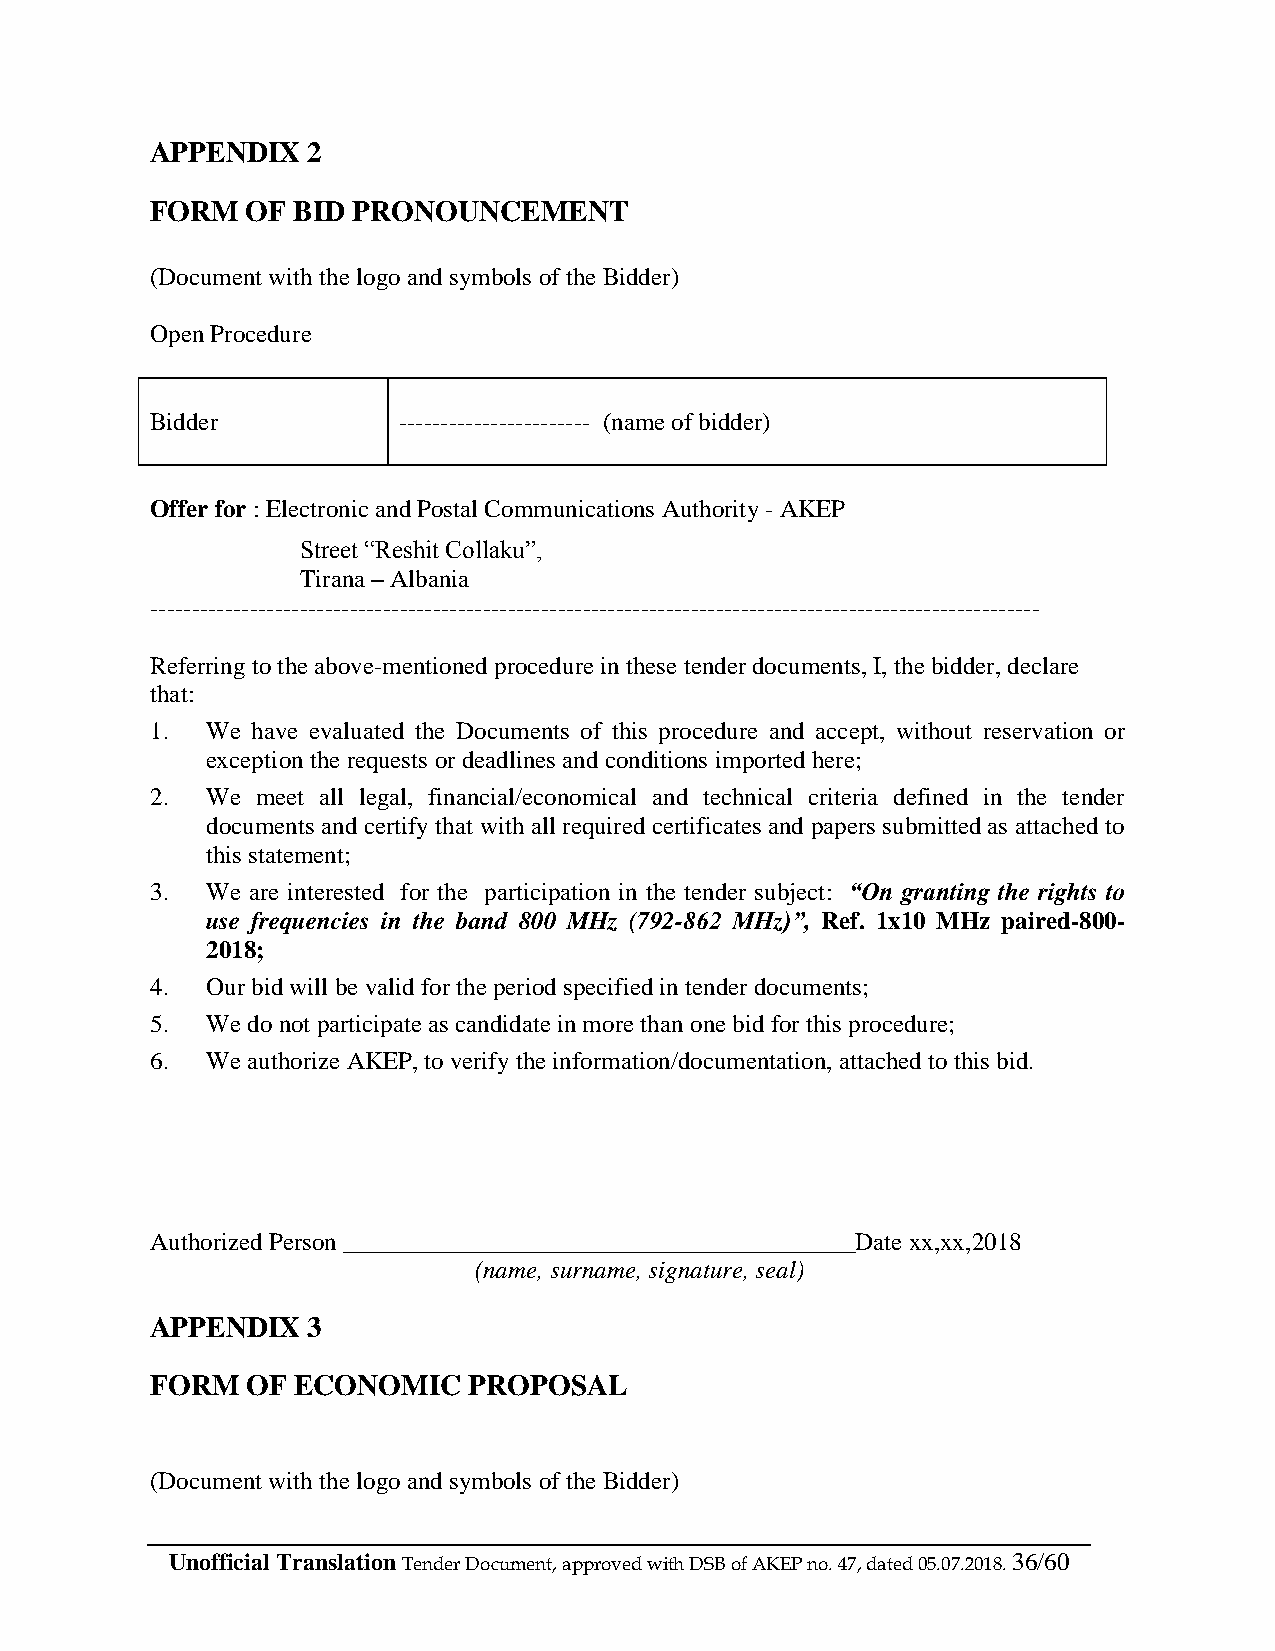
APPENDIX  2
 FORM  OF BID PRONOUNCEMENT
 (Document with the logo and symbols of the Bidder)
 Open Procedure
 Bidder          ----------------------- (name of bidder)
 Offer for : Electronic and Postal Communications Authority - AKEP
 Street “Reshit Collaku”,
 Tirana – Albania
 -----------------------------------------------------------------------------------------------------------
 Referring to the above-mentioned procedure in these tender documents, I, the bidder, declare
 that:
 1.  We have evaluated the Documents of this procedure and accept, without reservation or
 exception the requests or deadlines and conditions imported here;
 2.  We meet all legal, financial/economical and technical criteria defined in the tender
 documents and certify that with all required certificates and papers submitted as attached to
 this statement;
 3.  We are interested for the participation in the tender subject: “On granting the rights to
 use frequencies in the band 800 MHz (792-862 MHz)”, Ref. 1x10 MHz paired-800-
 2018;
 4.  Our bid will be valid for the period specified in tender documents;
 5.  We do not participate as candidate in more than one bid for this procedure;
 6.  We authorize AKEP, to verify the information/documentation, attached to this bid.
 Authorized Person _________________________________________Date xx,xx,2018
 (name, surname, signature, seal)
 APPENDIX  3
 FORM  OF ECONOMIC    PROPOSAL
 (Document with the logo and symbols of the Bidder)
 Unofficial Translation Tender Document, approved with DSB of AKEP no. 47, dated 05.07.2018. 36/60